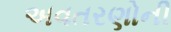
અવતરણોની